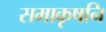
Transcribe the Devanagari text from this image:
समाकृषनि